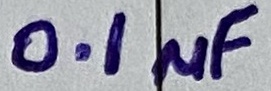
Text: 0.1µF